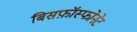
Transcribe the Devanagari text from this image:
बिसफ़ॉस्फोनेट